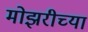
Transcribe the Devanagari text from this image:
मोझरीच्या